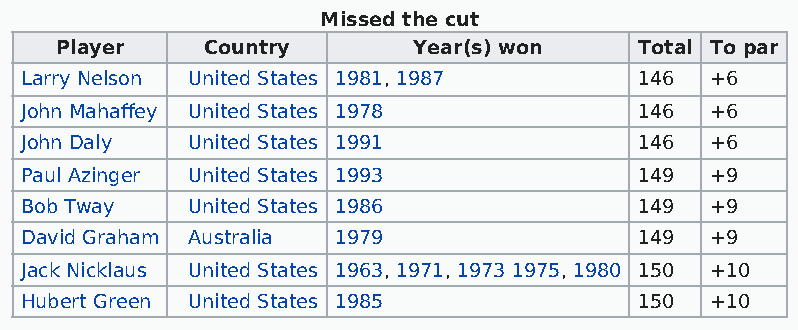
Missed the cut
 Player    Country      Year(s) won    Total To par
 Larry Nelson United States 1981, 1987    146  +6
 John Mahaffey United States 1978         146  +6
 John Daly  United States 1991            146  +6
 Paul Azinger United States 1993          149  +9
 Bob Tway   United States 1986            149  +9
 David Graham Australia 1979              149  +9
 Jack Nicklaus United States 1963, 1971, 1973 1975, 1980 150 +10
 Hubert Green United States 1985          150  +10